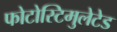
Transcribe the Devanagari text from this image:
फोटोस्टिमुलेटेड